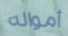
أمواله